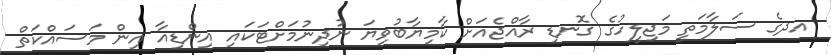
އދގެ ސަލާމަތީ މަޖިލީހުގެ ގޮނޑި ރާއްޖެއަށް ކާމިޔާބުވިޔަ ނުދިނުމަށްޓަކައި އިންޑިއާ އިން މަސައްކަތް